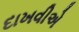
દાખવીએ